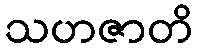
သဟဇာတိ